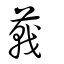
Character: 𦺩